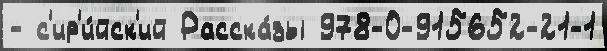
- с'ир'и́йск'ий Расска́зы 978-0-915652-21-1